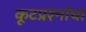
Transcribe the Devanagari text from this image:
कूटप्रश्नांचा